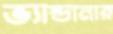
ভ্যান্ডানার